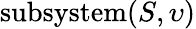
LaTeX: \mathrm{subsystem}(S,\upsilon)